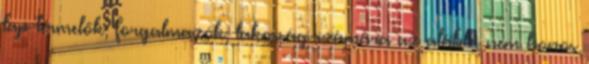
lap termelők, forgalmazók, lakosság számára az alábbi nem honos